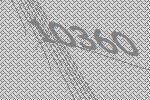
10360